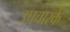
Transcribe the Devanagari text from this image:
उपचारके